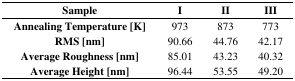
| Sample | I | II | III |
 | --- | --- | --- | --- |
 | Annealing Temperature [K] | 973 | 873 | 773 |
 | RMS [nm] | 90.66 | 44.76 | 42.17 |
 | Average Roughness [nm] | 85.01 | 43.23 | 40.32 |
 | Average Height [nm] | 96.44 | 53.55 | 49.20 |